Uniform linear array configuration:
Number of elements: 8
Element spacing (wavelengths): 0.25
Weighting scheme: blackman
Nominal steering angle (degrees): -45
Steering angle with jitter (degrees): -43.22
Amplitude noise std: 0.05
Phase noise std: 0.05

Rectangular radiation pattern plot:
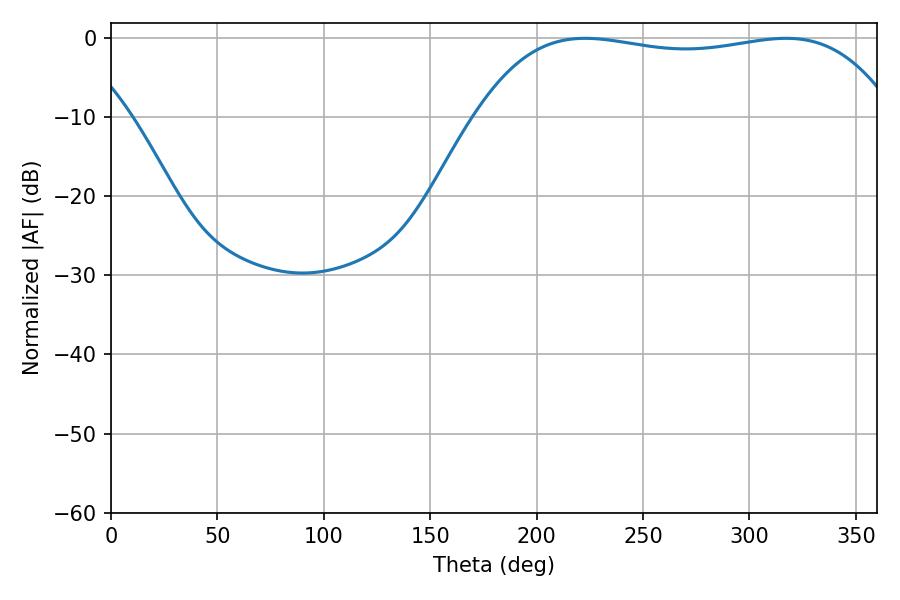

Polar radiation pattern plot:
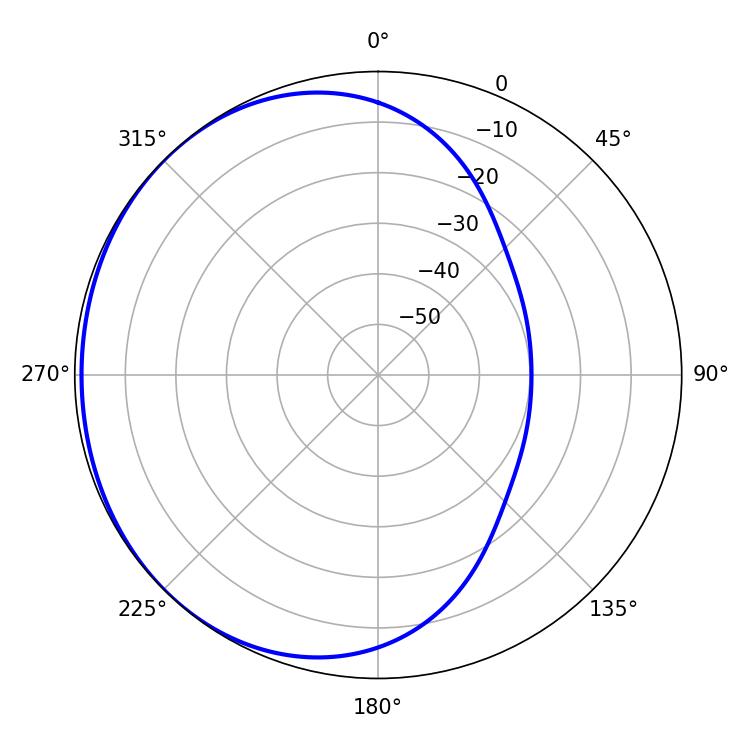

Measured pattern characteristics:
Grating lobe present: FALSE
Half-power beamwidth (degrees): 156.6
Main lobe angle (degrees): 222.84